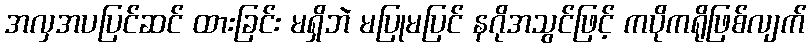
အလှအပပြင်ဆင် ထားခြင်း မရှိဘဲ မပြုမပြင် နဂိုအသွင်ဖြင့် ကပိုကရိုဖြစ်လျက်